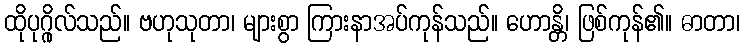
ထိုပုဂ္ဂိုလ်သည်။ ဗဟုသုတာ၊ များစွာ ကြားနာအပ်ကုန်သည်။ ဟောန္တိ၊ ဖြစ်ကုန်၏။ ဓာတာ၊